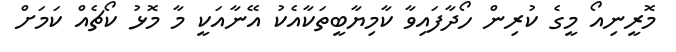
މޮރީނިއޯ މީގެ ކުރިން ހޯދާފައިވާ ކާމިޔާބީތަކާއެކު އޭނާއަކީ މާ މޮޅު ކޯޗެއް ކަމަށް